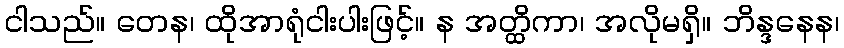
ငါသည်။ တေန၊ ထိုအာရုံငါးပါးဖြင့်။ န အတ္ထိကာ၊ အလိုမရှိ။ ဘိန္ဒနေန၊